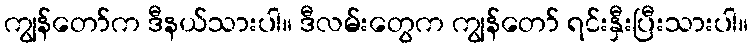
ကျွန်တော်က ဒီနယ်သားပါ။ ဒီလမ်းတွေက ကျွန်တော် ရင်းနှီးပြီးသားပါ။